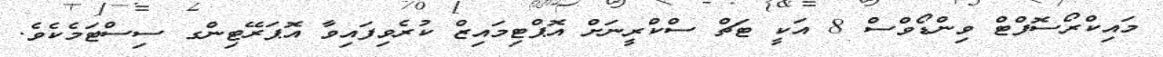
މައިކްރޯސޮފްޓް ވިންޑޯވްސް 8 އަކީ ޓަޗް ސްކްރީނަށް އޮޕްޓިމައިޒް ކުރެވިފައިވާ އޮޕަރޭޓިންގ ސިސްޓަމެކެވެ.